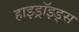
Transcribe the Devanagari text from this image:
हाइड्रॉइड्स